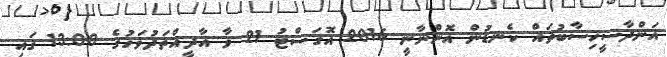
އަންދާސީހިސާބުތައް ކެނޑުން އޮންނާނީ 2016 އޮގަސްޓު 21 ވާ އާދީއްތަދުވަހުގެ 13:00 ގައި